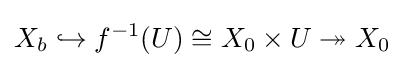
X_{b}\hookrightarrow f^{-1}(U)\cong X_{0}\times U\twoheadrightarrow X_{0}